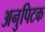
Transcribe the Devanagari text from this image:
अनुपिटक